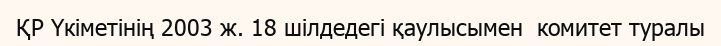
ҚР Үкіметінің 2003 ж. 18 шілдедегі қаулысымен  комитет туралы